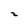
Character: 2